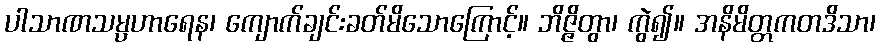
ပါသာဏသမ္ပဟာရေန၊ ကျောက်ချင်းခတ်မိသောကြောင့်။ ဘိဇ္ဇိတွာ၊ ကွဲ၍။ အနိမိတ္တကတဒိသာ၊